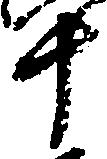
十